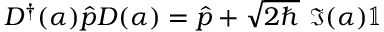
D ^ { \dagger } ( \alpha ) \hat { p } D ( \alpha ) = \hat { p } + \sqrt { 2 \hbar } ~ \mathfrak { I } ( \alpha ) \mathbb { 1 }